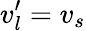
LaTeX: v_{l}^{\prime}=v_{s}